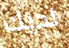
لديك